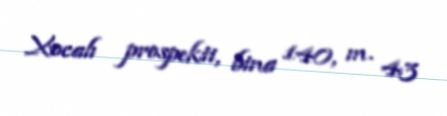
Xocalı prospekti, bina 140, m. 43